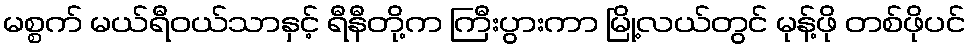
မစ္စက် မယ်ရီဝယ်သာနှင့် ရီနီတို့က ကြီးပွားကာ မြို့လယ်တွင် မုန့်ဖို တစ်ဖိုပင်